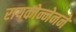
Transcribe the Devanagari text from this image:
रायकोन्नेनने